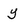
Character: y